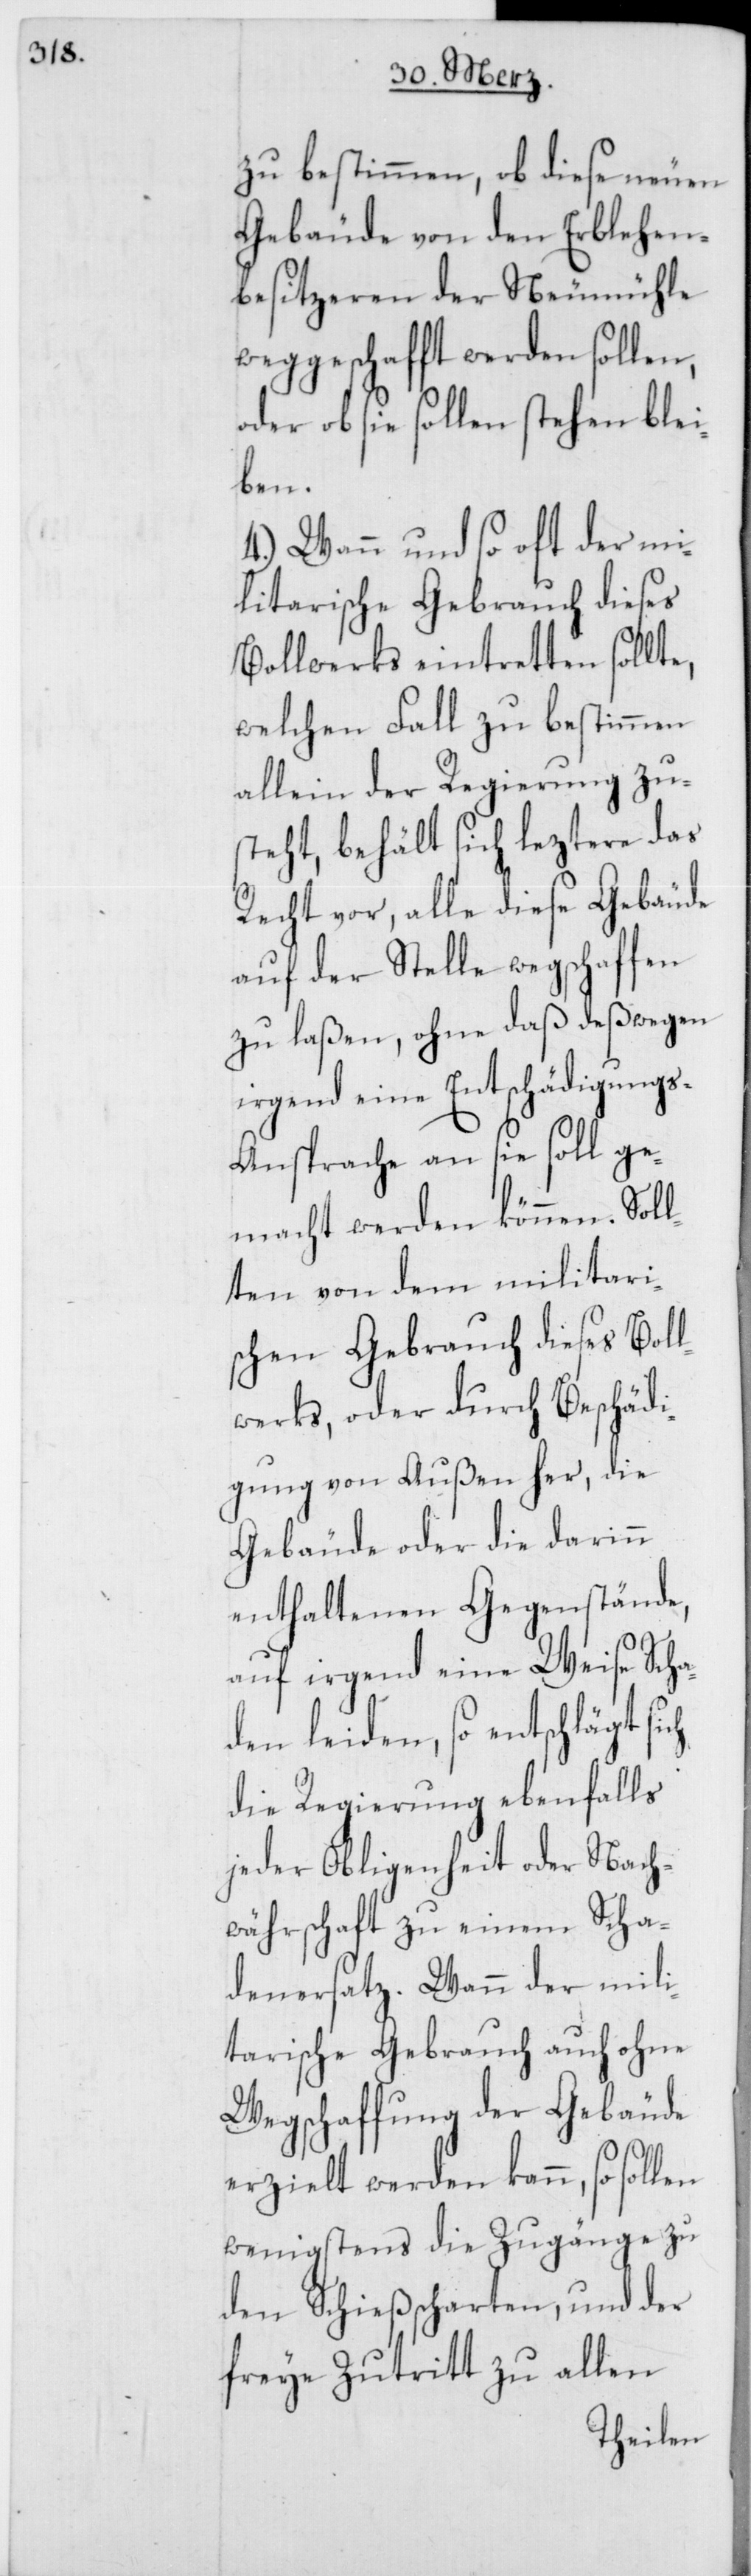
zu bestimmen, ob diese neuen
Gebäude von den Erblehen¬
besitzeren der Neumühle
weggeschafft werden sollen,
oder ob sie sollen stehen blei¬
ben.
4.) Wann und so oft der mi¬
litarische Gebrauch dieses
Bollwerks eintretten sollte,
welchen Fall zu bestimmen
allein der Regierung zu¬
steht, behält sich leztere das
Recht vor, alle diese Gebäude
auf der Stelle wegschaffen
zu laßen, ohne daß deßwegen
irgend eine Entschädigung¬
s-Ansprache an sie soll ge¬
macht werden können. Soll¬
ten von dem militari¬
schen Gebrauch dieses Boll¬
werks, oder durch Beschädi¬
gung von Außen her, die
Gebäude oder die darinn
enthaltenen Gegenstände,
auf irgend eine Weise Scha¬
den leiden, so entschlägt
die Regierung ebenfalls
jeder Obliegenheit oder Nach¬
währschaft zu einem Scha¬
denersatz. Wann der mili¬
tarische Gebrauch auch ohne
Wegschaffung der Gebäude
erzielt werden kann, so sollen
wenigstens die Zugänge zu
den Schießscharten, und der
freye Zutritt zu allen